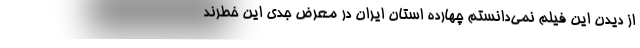
از دیدن این فیلم نمی‌دانستم چهارده استان ایران در معرض جدی این خطرند